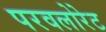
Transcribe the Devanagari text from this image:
परवलोरेट